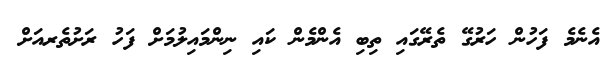
އެނެމެ ފަހުން ހަރުގޭ ތެރޭގައި ތިބި އެންމެން ކައި ނިންމައިލުމަށް ފަހު ރަށުތެރއަށް